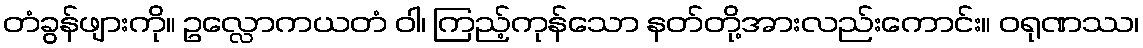
တံခွန်ဖျားကို။ ဥလ္လောကယတံ ဝါ၊ ကြည့်ကုန်သော နတ်တို့အားလည်းကောင်း။ ဝရုဏဿ၊